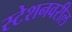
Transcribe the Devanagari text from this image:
स्टेशनवरील